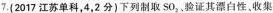
7.(2017江苏单科，4，2分)下列制取SO_{2}、验证其漂白性，收集